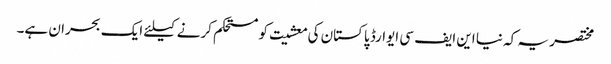
مختصر یہ کہ نیا این ایف سی ایوارڈ پاکستان کی معشیت کو مستحکم کرنے کیلئے ایک بحران ہے۔